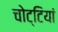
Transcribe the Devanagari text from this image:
चोट्टियां